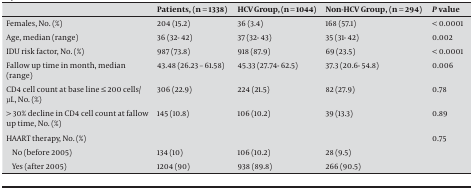
|  | Patients, (n = 1338) | HCV Group, (n = 1044) | Non-HCV Group, (n = 294) | P value |
 | --- | --- | --- | --- | --- |
 | Females, No. (%) | 204 (15.2) | 36 (3.4) | 168 (57.1) | < 0.0001 |
 | Age, median (range) | 36 (32- 42) | 37 (32- 43) | 35 (31- 42) | 0.002 |
 | IDU risk factor, No. (%) | 987 (73.8) | 918 (87.9) | 69 (23.5) | < 0.0001 |
 | Fallow up time in month, median (range) | 43.48 (26.23 – 61.58) | 45.33 (27.74- 62.5) | 37.3 (20.6- 54.8) | 0.006 |
 | CD4 cell count at base line ≤ 200 cells/μL, No. (%) | 306 (22.9) | 224 (21.5) | 82 (27.9) | 0.78 |
 | > 30% decline in CD4 cell count at fallow up time, No. (%) | 145 (10.8) | 106 (10.2) | 39 (13.3) | 0.89 |
 | HAART therapy, No. (%) |  |  |  | 0.75 |
 | No (before 2005) | 134 (10) | 106 (10.2) | 28 (9.5) |  |
 | Yes (after 2005) | 1204 (90) | 938 (89.8) | 266 (90.5) |  |